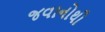
જવાનોથી